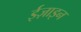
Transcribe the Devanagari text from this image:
ईज़ाइन